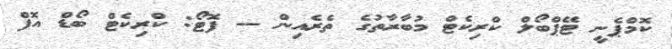
ކޮމްޕެނީ ޓޭޕްބޯލް ކްރިކެޓް މުބާރާތުގެ ތެރެއިން -- ފޮޓޯ: ކްރިކެޓް ބޯޑް އޮފް